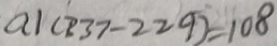
a 1 ( 2 3 7 - 2 2 9 ) = 1 0 8